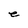
Character: e